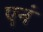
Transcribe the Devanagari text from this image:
एनं